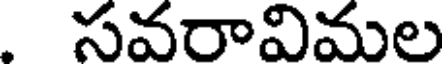
సవరావిమల